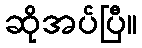
ဆိုအပ်ပြီ။